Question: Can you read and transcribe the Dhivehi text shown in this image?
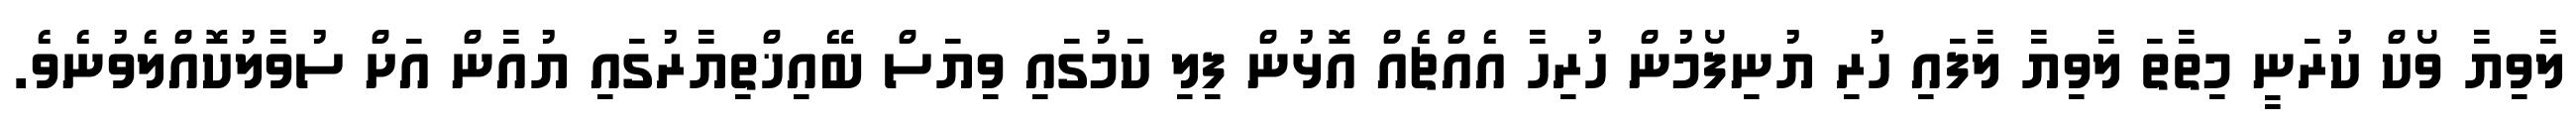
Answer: ލާވިޔާ ވޯކް ކުރަނީ މިތާތަ ލާވިޔާ ލާފައި ހުރި ޔުނިފޯމުން ހުރިހާ އެއްޗެއް އޮޅުން ފިލި ކަމުގައި ވިޔަސް ބޭއިޚްތިޔާރުގައި ޔުއާން އަށް ސުވާލުކޮއްލެވުނެވެ.